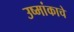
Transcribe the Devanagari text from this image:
उष्मांकाचे